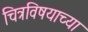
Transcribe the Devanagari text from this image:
चित्रविषयाच्या